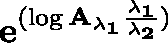
\mathbf { e ^ { ( \log \mathbf { { A _ { \lambda _ { 1 } } } } \frac { \lambda _ { 1 } } { \lambda _ { 2 } } ) } }